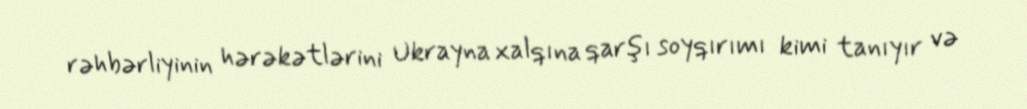
rəhbərliyinin hərəkətlərini Ukrayna xalqına qarşı soyqırımı kimi tanıyır və